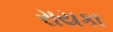
રાયકા